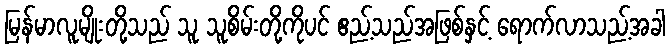
မြန်မာလူမျိုးတို့သည် သူ သူစိမ်းတို့ကိုပင် ဧည့်သည်အဖြစ်နှင့် ရောက်လာသည့်အခါ